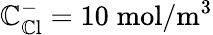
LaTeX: \mathbb{C}_{\mathrm{{\mathbb{C}l}}}^{-}=10\; \mathrm{{mol}}/\mathrm{{m}}^{3}